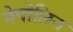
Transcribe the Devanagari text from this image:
नेपोलिन